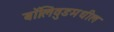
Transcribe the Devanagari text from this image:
बॉलिवुडमधील